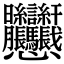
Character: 𱟛